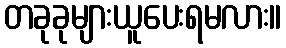
တခုခုများယူပေးရမလား။